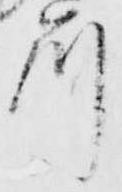
所